65_HS1-834228961_62-HQ-83894_Section_9
Agency: FBI
Page 38
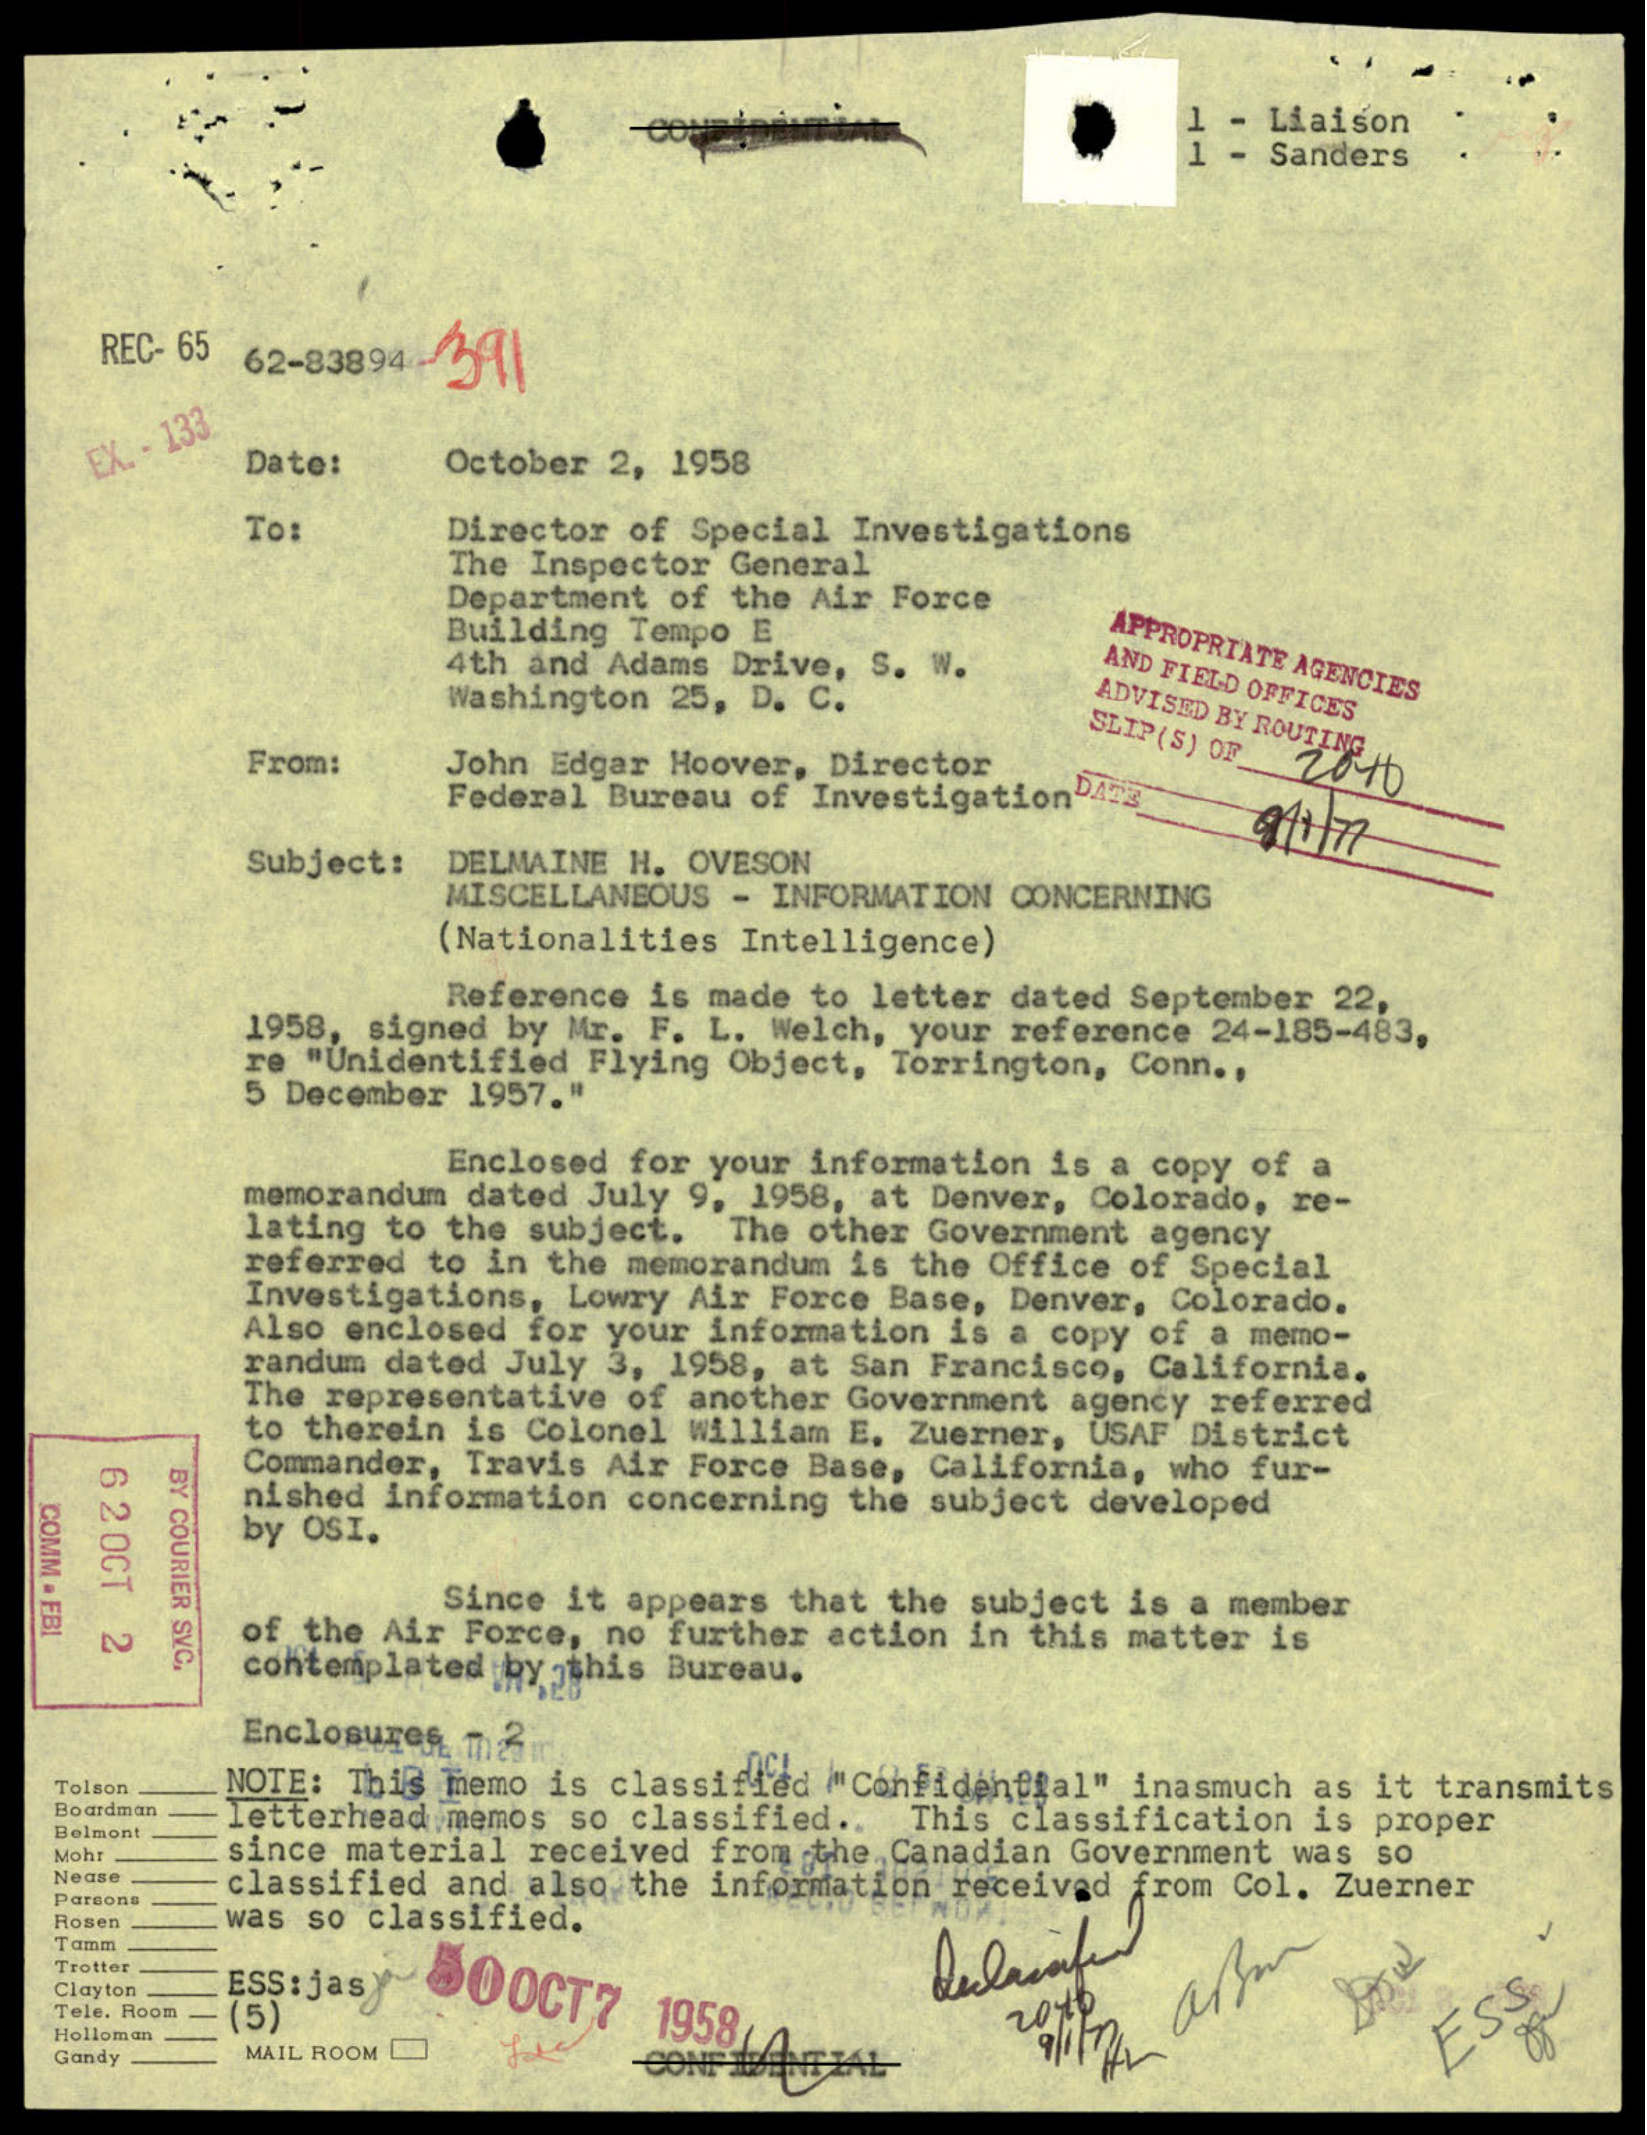